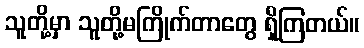
သူတို့မှာ သူတို့မကြိုက်တာတွေ ရှိကြတယ်။